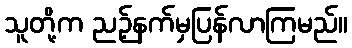
သူတို့က ညဉ့်နက်မှပြန်လာကြမည်။